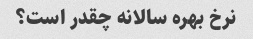
نرخ بهره سالانه چقدر است؟